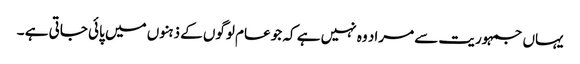
یہاں جمہوریت سے مراد وہ نہیں ہے کہ جو عام لوگوں کے ذہنوں میں پائی جاتی ہے ۔